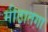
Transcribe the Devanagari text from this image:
मीठातगा